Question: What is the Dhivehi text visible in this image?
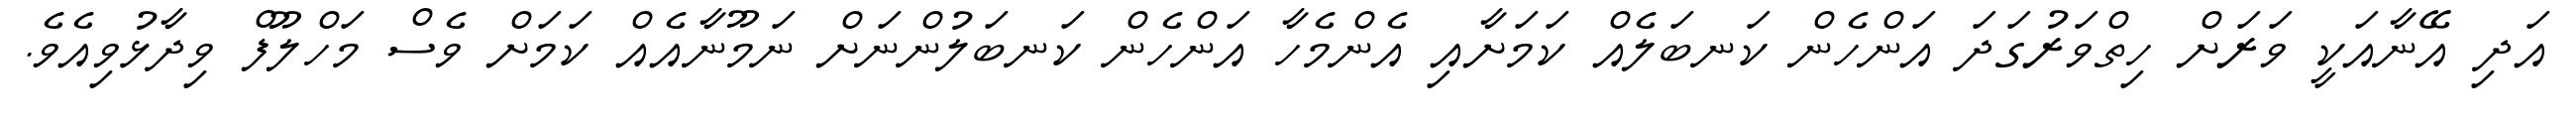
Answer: އަދި އޭނާއަކީ ވަރަށް ހިތްވަރުގަދަ އަންހެން ކަނބަލެއް ކަމަށާއި އެންމެހާ އަންހެން ކަނބަލުންނަށް ނަމޫނާއެއް ކަމަށް ވެސް މަހްލޫފް ވިދާޅުވިއެވެ.